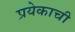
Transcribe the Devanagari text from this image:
प्रयेकाची